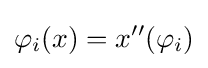
\varphi _{i}(x)=x^{\prime \prime }(\varphi _{i})